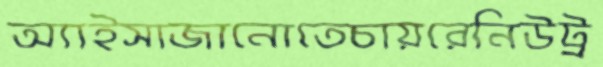
অ্যাইসাজানোতেচায়রেনিউট্র